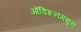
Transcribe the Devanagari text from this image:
ऑडिशनमधून